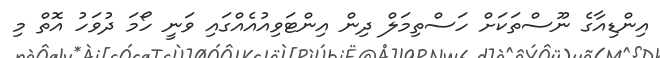
އިންޑިއާގެ ނޫސްތަކަށް ހަސްތިމަލް ދިން އިންޓަވިއުއެއްގައި ވަނީ ހޯމަ ދުވަހު އޮތް މި